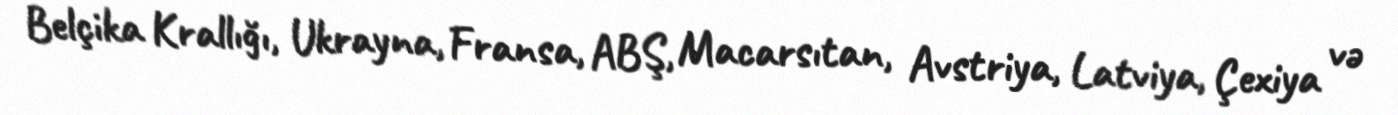
Belçika Krallığı, Ukrayna, Fransa, ABŞ, Macarsıtan, Avstriya, Latviya, Çexiya və